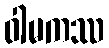
ဝါမကဿ